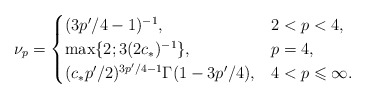
\begin{align*}\nu_p=\begin{cases}(3p'/4-1)^{-1}, &2<p<4,\\\max \{ 2; 3(2c_*)^{-1}\}, &p=4,\\(c_* p'/2)^{3p'/4-1} \Gamma(1- 3p'/4), &4<p\leqslant \infty .\end{cases}\end{align*}